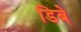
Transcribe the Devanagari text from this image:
डिबे